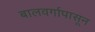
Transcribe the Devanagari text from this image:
बालवर्गापासून